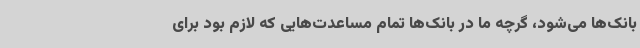
بانک‌ها می‌شود، گرچه ما در بانک‌ها تمام مساعدت‌هایی که لازم بود برای